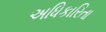
અધિકારિતા